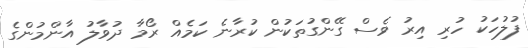
ފުލުހަކު ހުރި އިރު ވެސް ގޭންގުތަކުން ކުރާނެ ކަމެއް ރޯމާ ދުވާލު އާންމުންގެ